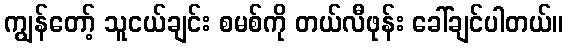
ကျွန်တော့် သူငယ်ချင်း စမစ်ကို တယ်လီဖုန်း ခေါ်ချင်ပါတယ်။